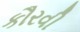
કૌરવી